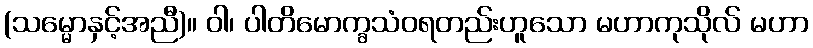
(သမ္မောနှင့်အညီ)။ ဝါ၊ ပါတိမောက္ခသံဝရတည်းဟူသော မဟာကုသိုလ် မဟာ